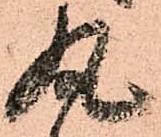
丸